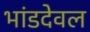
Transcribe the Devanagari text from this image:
भांडदेवल